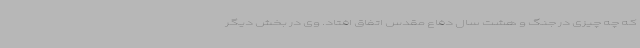
که چه چیزی در جنگ و هشت سال دفاع مقدس اتفاق افتاد. وی در بخش دیگر